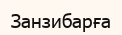
Занзибарға